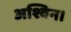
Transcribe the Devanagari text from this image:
अश्विन।